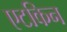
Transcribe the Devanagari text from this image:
एटकिन